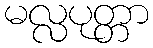
မလ္လပုတ္တာ